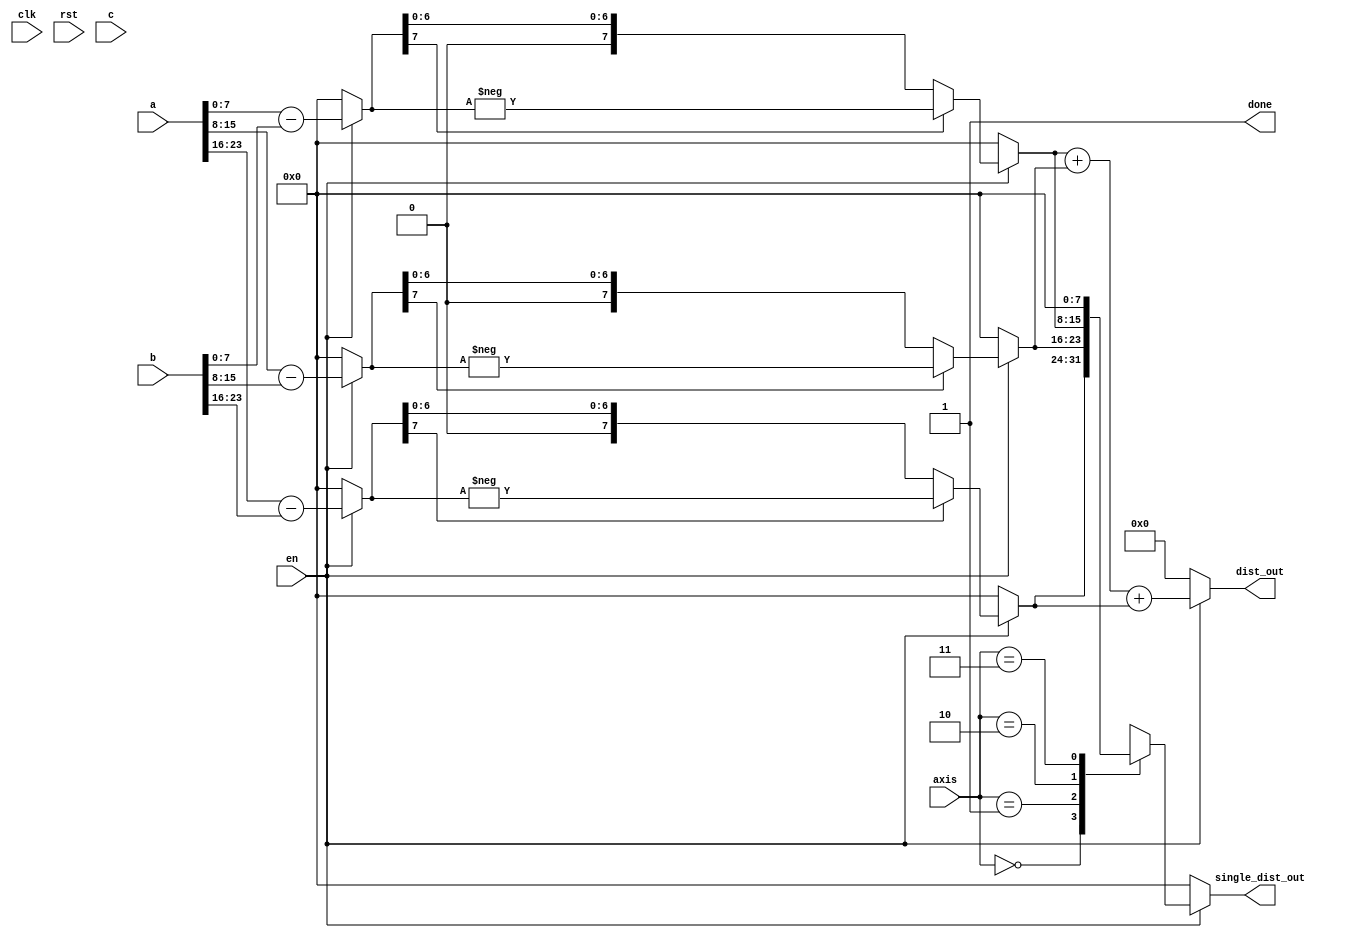
module manhattan (clk, rst, en, axis, a, b, c, dist_out, single_dist_out, done);

// a has current, b has parent, and c has best

parameter dim = 3, data_range = 255;

localparam dim_size 	  = $clog2(data_range),
			  dist_size   = $clog2(data_range*dim),
			  center_size = dim*dim_size,
			  axis_size   = $clog2(dim);

input clk, rst, en;
input [axis_size - 1:0] axis;
input [center_size - 1:0] a, b, c;
output [dist_size - 1:0] dist_out;
output reg [dim_size - 1:0] single_dist_out;
output done;

wire [dim_size-1:0] dx, dy, dz, dx_d, dy_d, dz_d;
wire [dim_size-1:0] abs_delta_x,abs_delta_y,abs_delta_z, abs_delta_x_d, abs_delta_y_d, abs_delta_z_d;

assign done = 1'b1;
assign dx = (en) ? a[0+:dim_size] - b[0+:dim_size] : {dim_size{1'b0}};
assign dy = (en) ? a[dim_size+: dim_size] - b[dim_size+: dim_size] : {dim_size{1'b0}};
assign dz = (en) ? a[2*dim_size+: dim_size] - b[2*dim_size+: dim_size] : {dim_size{1'b0}};

assign abs_delta_x = (en) ? (dx[dim_size-1] ? -dx : dx) : {dim_size{1'b0}};
assign abs_delta_y = (en) ? (dy[dim_size-1] ? -dy : dy) : {dim_size{1'b0}};
assign abs_delta_z = (en) ? (dz[dim_size-1] ? -dz : dz) : {dim_size{1'b0}};

assign dx_d = (en) ? c[0+:dim_size] - b[0+:dim_size] : {dim_size{1'b0}};
assign dy_d = (en) ? c[dim_size+: dim_size] - b[dim_size+: dim_size] : {dim_size{1'b0}};
assign dz_d = (en) ? c[2*dim_size+: dim_size] - b[2*dim_size+: dim_size] : {dim_size{1'b0}};

assign dist_out = (en) ? (abs_delta_x + abs_delta_y + abs_delta_z) : {dist_size{1'b0}};

assign abs_delta_x_d = (en) ? (dx_d[dim_size-1] ? -dx_d : dx_d) : {dim_size{1'b0}};
assign abs_delta_y_d = (en) ? (dy_d[dim_size-1] ? -dy_d : dy_d) : {dim_size{1'b0}};
assign abs_delta_z_d = (en) ? (dz_d[dim_size-1] ? -dz_d : dz_d) : {dim_size{1'b0}};


always@* begin
if (en) 
	case(axis) 
		2'b00: single_dist_out = abs_delta_z;//abs_delta_x_d;
		2'b01: single_dist_out = abs_delta_y;
		2'b10: single_dist_out = abs_delta_x;//abs_delta_z_d;
		2'b11: single_dist_out = {dim_size{1'b0}};
	endcase
else
	single_dist_out = {dim_size{1'b0}};
end

endmodule

// pipeline this later
// output done will be implemented with pipelining